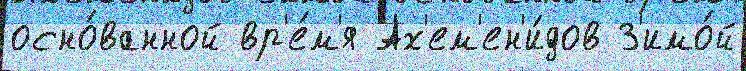
осно́ванной вр'е́м'я Ах'ем'ен'и́дов З'имо́й